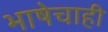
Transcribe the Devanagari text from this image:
भाषेचाही